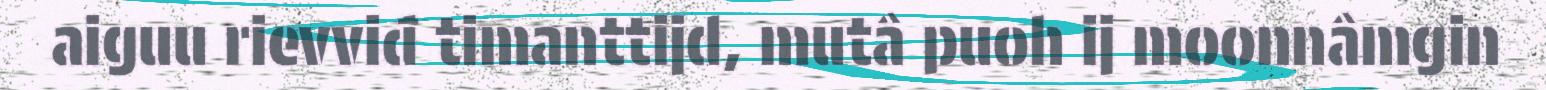
aiguu rievviđ timanttijd, mutâ puoh ij moonnâmgin